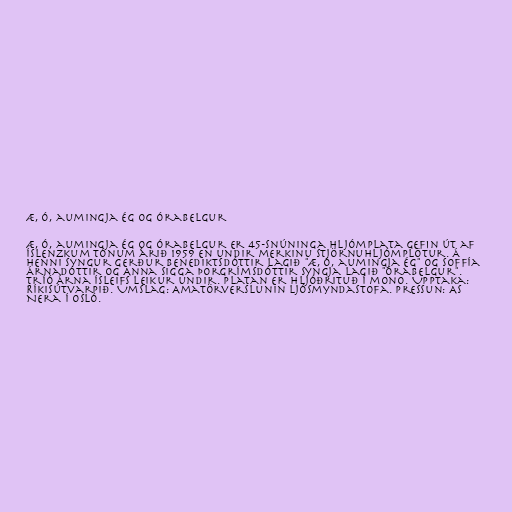
Æ, ó, aumingja ég og Órabelgur

Æ, ó, aumingja ég og Órabelgur er 45-snúninga hljómplata gefin út af
Íslenzkum Tónum árið 1959 en undir merkinu Stjörnuhljómplötur. Á
henni syngur Gerður Benediktsdóttir lagið "Æ, ó, aumingja ég" og Soffía
Árnadóttir og Anna Sigga Þorgrímsdóttir syngja lagið "Órabelgur".
Tríó Árna Ísleifs leikur undir. Platan er hljóðrituð í mono. Upptaka:
Ríkisútvarpið. Umslag: Amatörverslunin ljósmyndastofa. Pressun: AS
Nera í Osló.